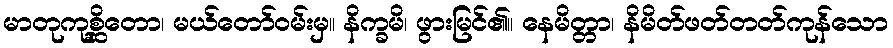
မာတုကုစ္ဆိတော၊ မယ်တော်ဝမ်းမှ။ နိက္ခမိ၊ ဖွားမြင်၏။ နေမိတ္တာ၊ နိမိတ်ဖတ်တတ်ကုန်သော